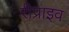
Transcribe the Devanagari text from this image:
रीप्राइव